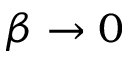
\beta \to 0